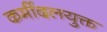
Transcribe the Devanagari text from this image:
कर्मीदलयुक्त